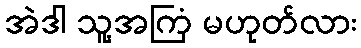
အဲဒါ သူ့အကြံ မဟုတ်လား